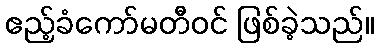
ဧည့်ခံကော်မတီဝင် ဖြစ်ခဲ့သည်။